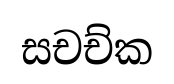
සචච්ක